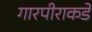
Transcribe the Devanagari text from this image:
गारपीराकडे